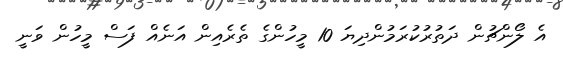
އެ ލޯންޗުން ދަތުރުކުރަމުންދިޔަ 10 މީހުންގެ ތެރެއިން އަނެއް ފަސް މީހުން ވަނީ